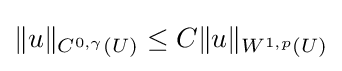
\|u\|_{C^{0,\gamma }(U)}\leq C\|u\|_{W^{1,p}(U)}